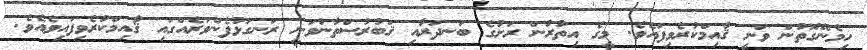
ހިމެނޭގޮތުން ވަނީ ޤާއިމްކުރެވިފައެވެ. މީގެ އިތުރުން ރަށުގެ ބަނދަރާއި ޤަބުރުސްތާނުވަނީ ރަނގަޅުފެންވަރެއްގައި ޤާއިމްކުރެވިފައިވެއެވެ.